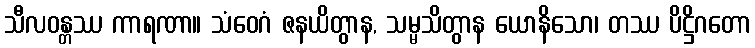
သီလဝန္တဿ ကာရဏာ။ သံဝေဂံ ဇနယိတွာန, သမ္မသိတွာန ယောနိသော၊ တဿ ပိဋ္ဌိဂတော